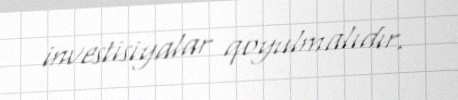
investisiyalar qoyulmalıdır.